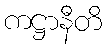
ကဋ္ဌာနီတိ